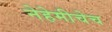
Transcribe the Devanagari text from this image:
नेहेमीचेच